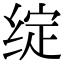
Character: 绽